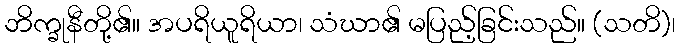
ဘိက္ခုနီတို့၏။ အပရိယူရိယာ၊ သံဃာ၏ မပြည့်ခြင်းသည်။ (သတိ)၊